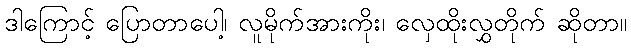
ဒါကြောင့် ပြောတာပေါ့၊ လူမိုက်အားကိုး၊ လှေထိုးလွှတိုက် ဆိုတာ။